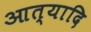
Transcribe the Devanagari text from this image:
आत्यादि